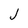
Character: J